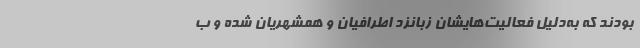
بودند که به‌دلیل فعالیت‌هایشان زبانزد اطرافیان و همشهریان شده و ب